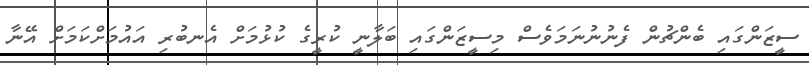
ސީޒަންގައި ބެންޗުން ފެނުނުނަމަވެސް މިސީޒަންގައި ބަލާނީ ކުރީގެ ކުޅުމަށް އެނބުރި އައުމަށްކަމަށް އޭނާ